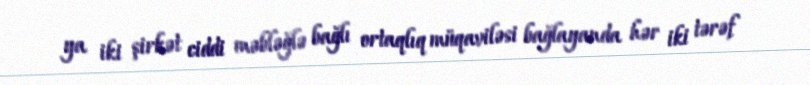
ya iki şirkət ciddi məbləğlə bağlı ortaqlıq müqaviləsi bağlayanda hər iki tərəf